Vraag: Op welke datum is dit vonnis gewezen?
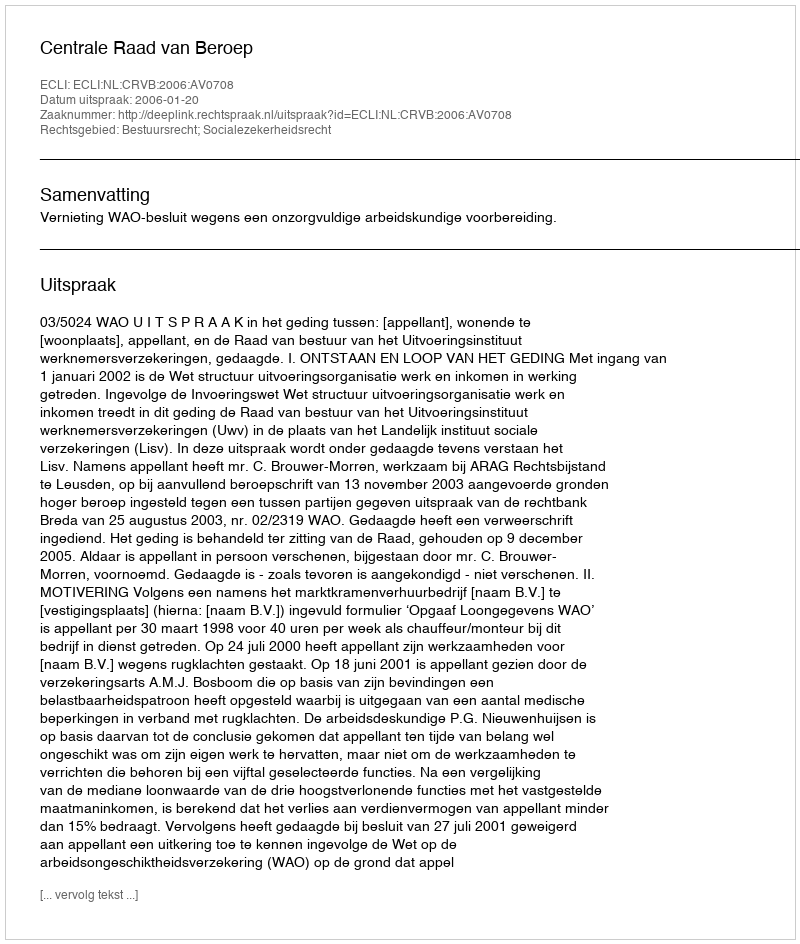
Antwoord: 2006-01-20